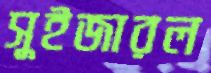
সুইজারল